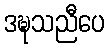
ဒဍ္ဎသညီပေ